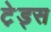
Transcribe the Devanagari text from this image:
टे़ड्स